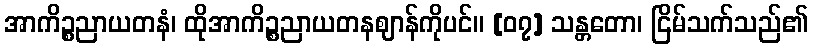
အာကိဉ္စညာယတနံ၊ ထိုအာကိဉ္စညာယတနဈာန်ကိုပင်။ [၀၇] သန္တတော၊ ငြိမ်သက်သည်၏